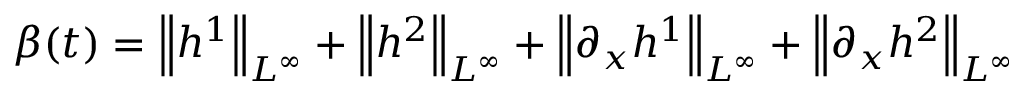
\beta ( t ) = \left\| h ^ { 1 } \right\| _ { L ^ { \infty } } + \left\| h ^ { 2 } \right\| _ { L ^ { \infty } } + \left\| \partial _ { x } h ^ { 1 } \right\| _ { L ^ { \infty } } + \left\| \partial _ { x } h ^ { 2 } \right\| _ { L ^ { \infty } }